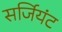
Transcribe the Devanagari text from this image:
सर्जियंट